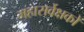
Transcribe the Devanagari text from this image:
महासर्वेक्षकों